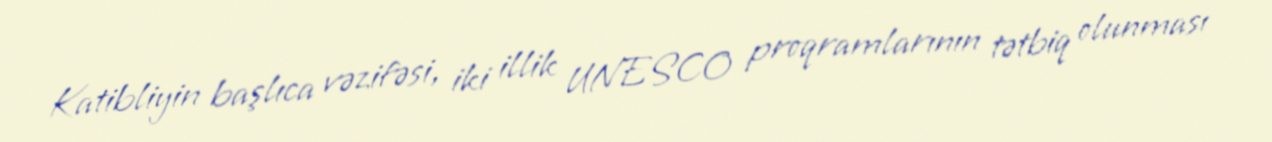
Katibliyin başlıca vəzifəsi, iki illik UNESCO proqramlarının tətbiq olunması